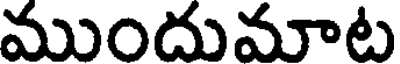
ముందుమాట